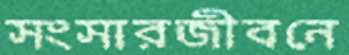
সংসারজীবনে